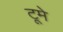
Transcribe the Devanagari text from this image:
टूमे